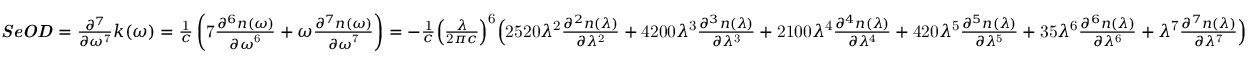
{ \begin{array} { l } { { \boldsymbol { \it { S e O D } } } = { \frac { { \partial } ^ { 7 } } { \partial { \omega } ^ { \mathrm { 7 } } } } k \mathrm { ( } \omega \mathrm { ) } = { \frac { \mathrm { 1 } } { c } } \left( \mathrm { 7 } { \frac { { \partial } ^ { 6 } n \mathrm { ( } \omega \mathrm { ) } } { { \partial \omega } ^ { \mathrm { 6 } } } } + \omega { \frac { { \partial } ^ { 7 } n \mathrm { ( } \omega \mathrm { ) } } { { \partial \omega } ^ { \mathrm { 7 } } } } \right) = { - } { \frac { \mathrm { 1 } } { c } } { \left( { \frac { \lambda } { \mathrm { 2 } \pi c } } \right) } ^ { \mathrm { 6 } } { \Bigl ( } \mathrm { 2 5 2 0 } { \lambda } ^ { \mathrm { 2 } } { \frac { { \partial } ^ { 2 } n \mathrm { ( } \lambda \mathrm { ) } } { \partial { \lambda } ^ { \mathrm { 2 } } } } + \mathrm { 4 2 0 0 } { \lambda } ^ { \mathrm { 3 } } { \frac { { \partial } ^ { 3 } n \mathrm { ( } \lambda \mathrm { ) } } { \partial { \lambda } ^ { \mathrm { 3 } } } } + \mathrm { 2 1 0 0 } { \lambda } ^ { \mathrm { 4 } } { \frac { { \partial } ^ { 4 } n \mathrm { ( } \lambda \mathrm { ) } } { \partial { \lambda } ^ { \mathrm { 4 } } } } + \mathrm { 4 2 0 } { \lambda } ^ { \mathrm { 5 } } { \frac { { \partial } ^ { 5 } n \mathrm { ( } \lambda \mathrm { ) } } { \partial { \lambda } ^ { \mathrm { 5 } } } } + \mathrm { 3 5 } { \lambda } ^ { \mathrm { 6 } } { \frac { { \partial } ^ { 6 } n \mathrm { ( } \lambda \mathrm { ) } } { \partial { \lambda } ^ { \mathrm { 6 } } } } + { \lambda } ^ { \mathrm { 7 } } { \frac { { \partial } ^ { 7 } n \mathrm { ( } \lambda \mathrm { ) } } { \partial { \lambda } ^ { \mathrm { 7 } } } } { \Bigr ) } } \end{array} }